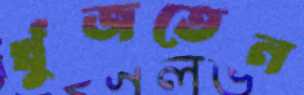
খুঁজতেন